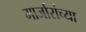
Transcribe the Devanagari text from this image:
मार्जारांच्या